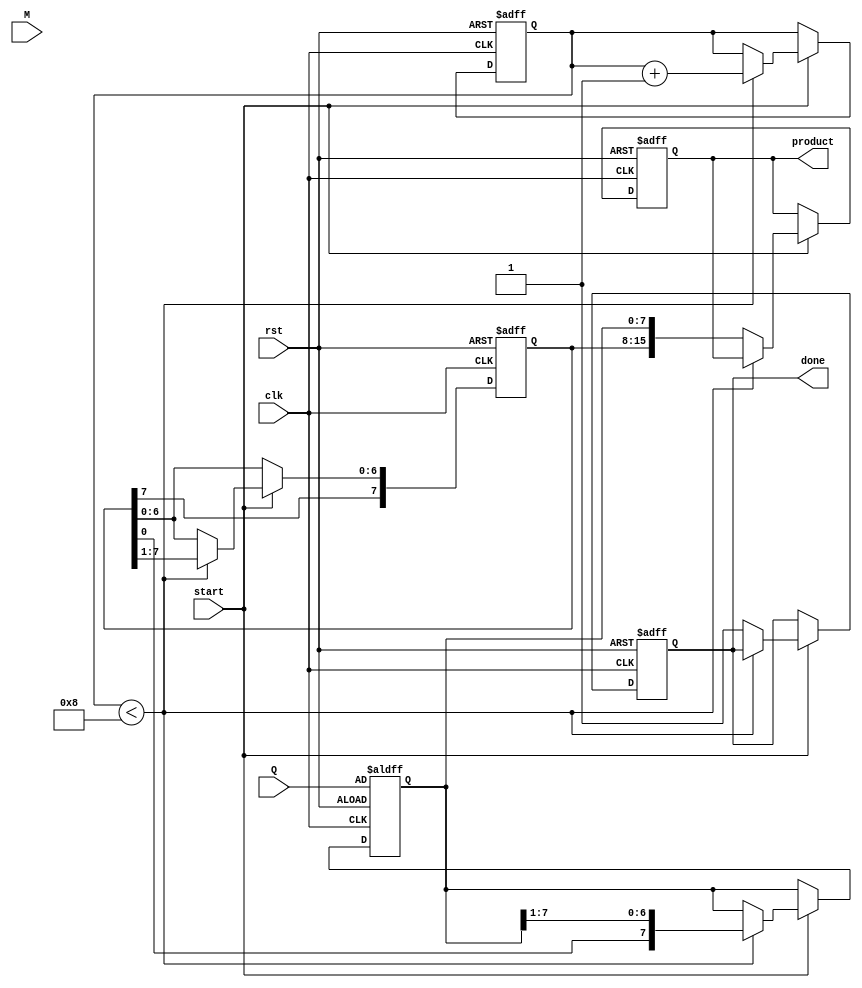
module BoothMultiplier #(parameter WIDTH = 8) (
    input wire clk,
    input wire rst,
    input wire [WIDTH-1:0] M, // Multiplicand
    input wire [WIDTH-1:0] Q, // Multiplier
    input wire start,
    output reg [2*WIDTH-1:0] product, // Final product
    output reg done // Indicates completion
);
    reg [WIDTH-1:0] A; // Accumulator
    reg [WIDTH-1:0] Q_reg; // Multiplier register
    reg Q_minus_1; // Previous bit of Q
    reg [3:0] count; // Iteration counter

    always @(posedge clk or posedge rst) begin
        if (rst) begin
            A <= 0;
            Q_reg <= Q;
            Q_minus_1 <= 0;
            count <= 0;
            product <= 0;
            done <= 0;
        end else if (start) begin
            if (count < WIDTH) begin
                case ({Q_reg[0], Q_minus_1})
                    2'b00: begin
                        // No operation
                    end
                    2'b01: begin
                        // Add M to A
                        A <= A + M;
                    end
                    2'b10: begin
                        // Subtract M from A
                        A <= A - M;
                    end
                    2'b11: begin
                        // No operation
                    end
                endcase

                // Shift right (A and Q)
                {A, Q_reg} <= {A[WIDTH-1], A, Q_reg} >> 1; // Arithmetic right shift
                Q_minus_1 <= Q_reg[0]; // Update Q-1
                count <= count + 1; // Increment counter
            end else begin
                // Store the final product
                product <= {A, Q_reg}; 
                done <= 1; // Indicate completion
            end
        end
    end
endmodule